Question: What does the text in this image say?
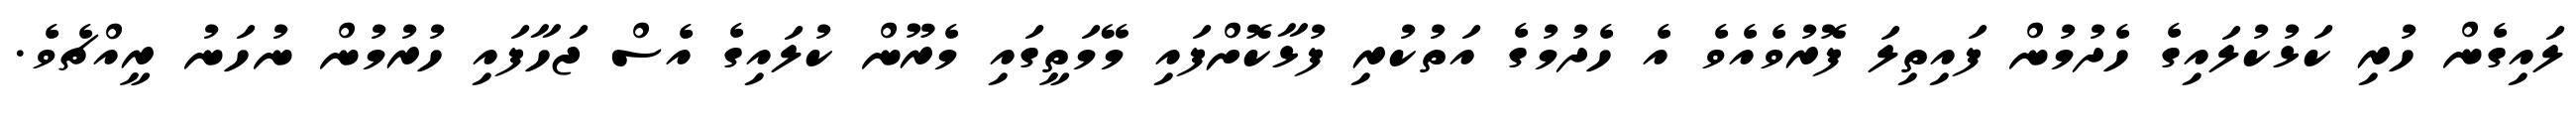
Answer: ލައިގެން ހުރި ކަޅުކުލައިގެ ހެދުމުން ފައިތިލަ ފޮރުވެއެވެ އެ ހެދުމުގެ އަތުކުރި ފުޅާކޮށްފައި މޭމަތީގައި މެރޫން ކުލައިގެ އެސް ޖަހާފައި ހުރުމުން ނުހަނު ރީއްޗެވެ.